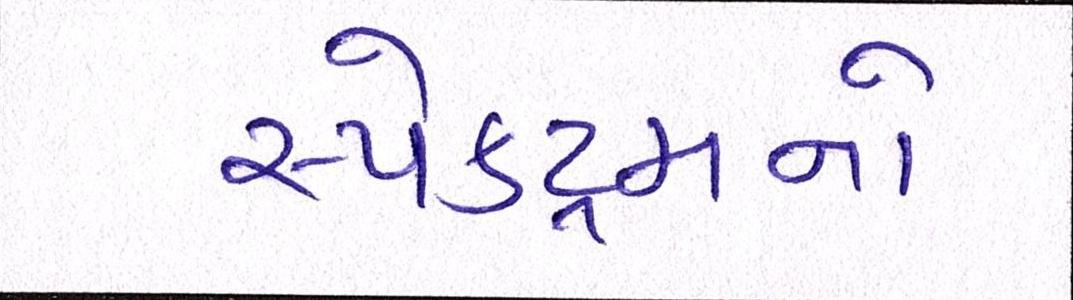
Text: સ્પેક્ટ્રમનો